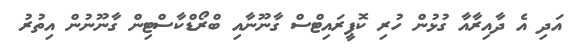
އަދި އެ ދާއިރާއާ ގުޅުން ހުރި ކޮޕީރައިޓްސް ގާނޫނާއި ބްރޯޑްކާސްޓިން ގާނޫނުން އިތުރު